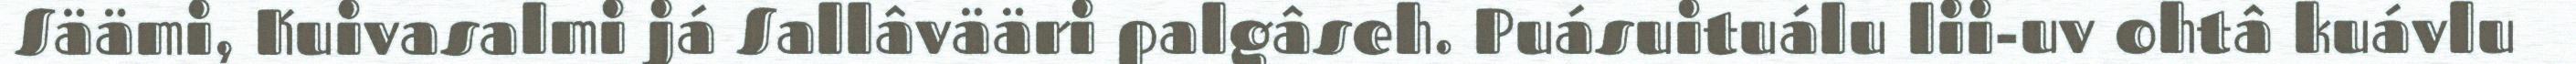
Säämi, Kuivasalmi já Sallâvääri palgâseh. Puásuituálu lii-uv ohtâ kuávlu